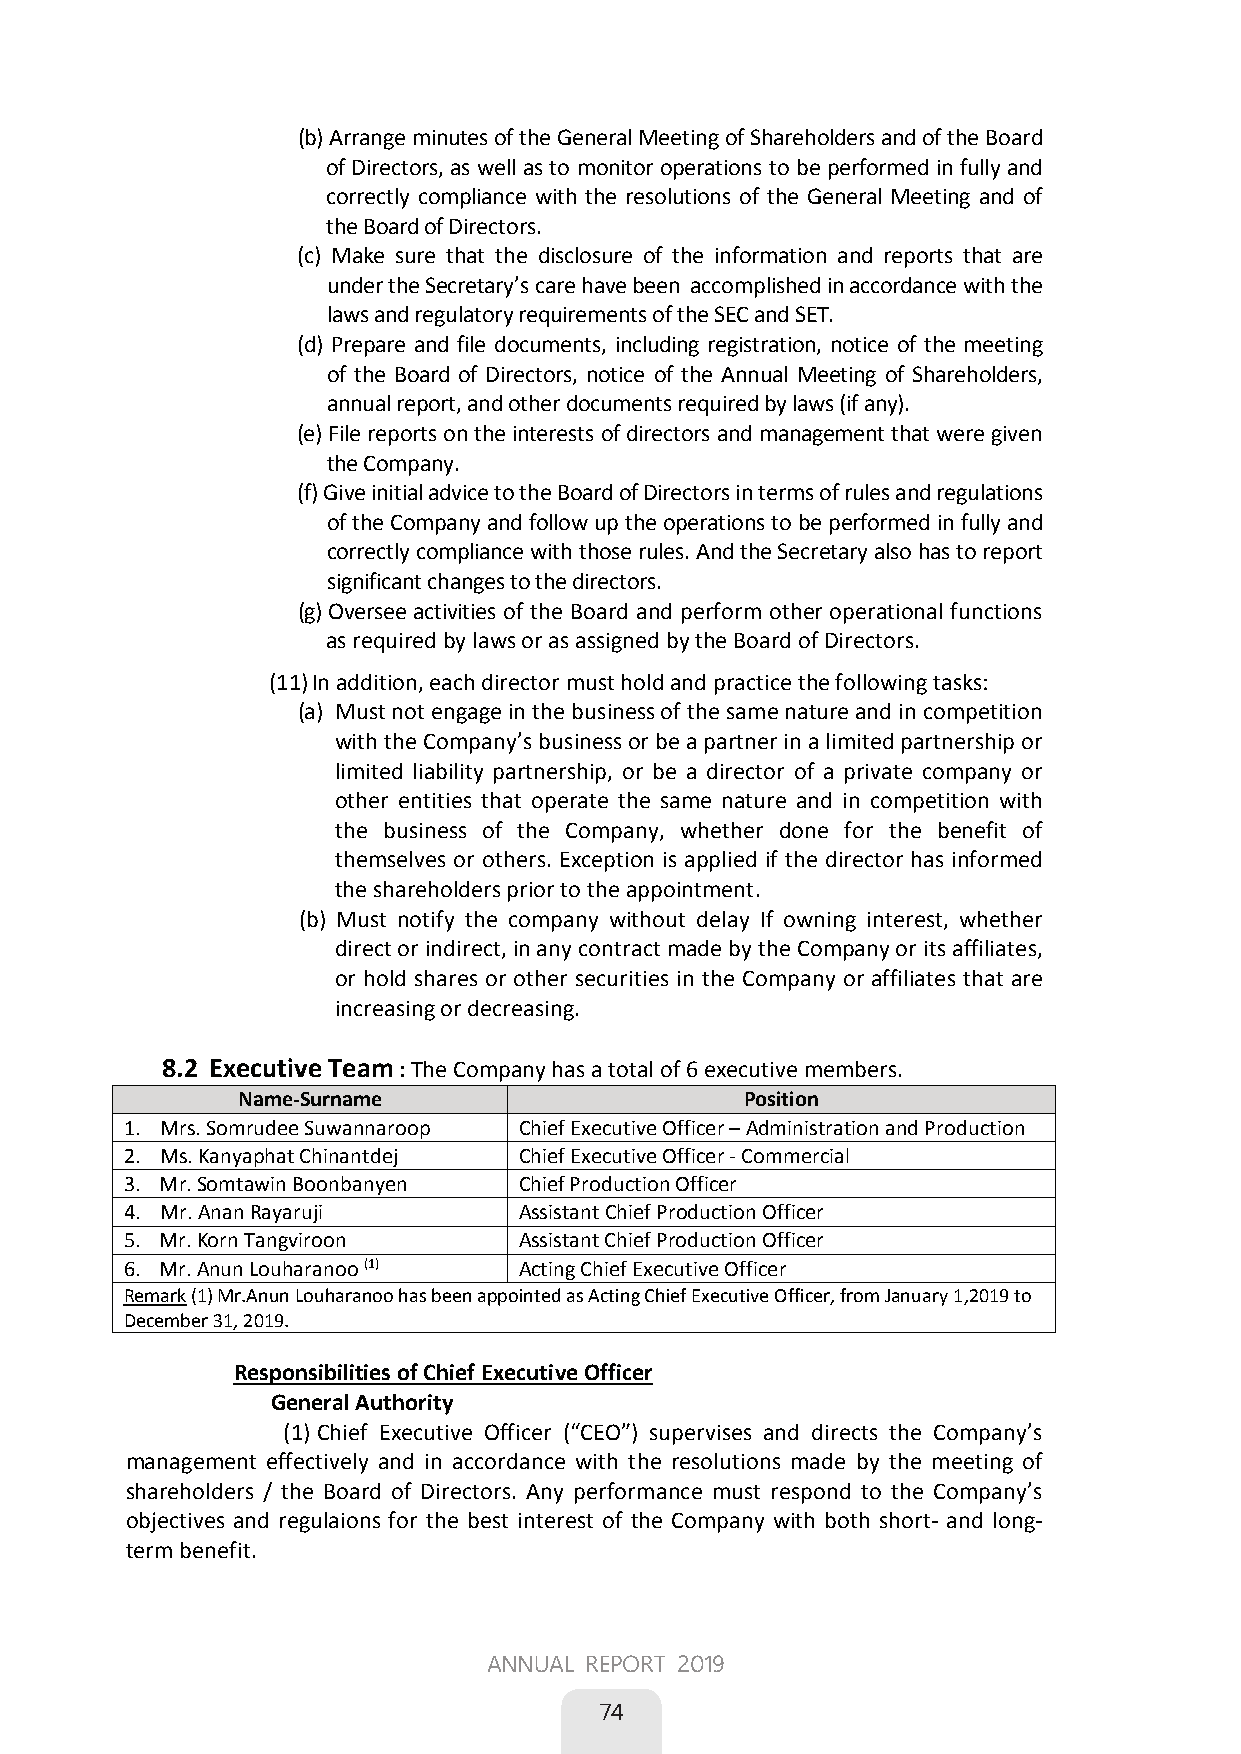
(b) Arrange minutes of the General Meeting of Shareholders and of the Board
 of Directors, as well as to monitor operations to be performed in fully and
 correctly compliance with the resolutions of the General Meeting and of
 the Board of Directors.
 (c) Make sure that the disclosure of the information and reports that are
 under the Secretary’s care have been accomplished in accordance with the
 laws and regulatory requirements of the SEC and SET.
 (d) Prepare and file documents, including registration, notice of the meeting
 of the Board of Directors, notice of the Annual Meeting of Shareholders,
 annual report, and other documents required by laws (if any).
 (e) File reports on the interests of directors and management that were given
 the Company.
 (f) Give initial advice to the Board of Directors in terms of rules and regulations
 of the Company and follow up the operations to be performed in fully and
 correctly compliance with those rules. And the Secretary also has to report
 significant changes to the directors.
 (g) Oversee activities of the Board and perform other operational functions
 as required by laws or as assigned by the Board of Directors.
 (11) In addition, each director must hold and practice the following tasks:
 (a) Must not engage in the business of the same nature and in competition
 with the Company’s business or be a partner in a limited partnership or
 limited liability partnership, or be a director of a private company or
 other entities that operate the same nature and in competition with
 the business of the Company, whether done for the benefit of
 themselves or others. Exception is applied if the director has informed
 the shareholders prior to the appointment.
 (b) Must notify the company without delay If owning interest, whether
 direct or indirect, in any contract made by the Company or its affiliates,
 or hold shares or other securities in the Company or affiliates that are
 increasing or decreasing.
 8.2 Executive Team : The Company has a total of 6 executive members.
 Name-Surname                     Position
 1. Mrs. Somrudee Suwannaroop Chief Executive Officer – Administration and Production
 2. Ms. Kanyaphat Chinantdej Chief Executive Officer - Commercial
 3. Mr. Somtawin Boonbanyen Chief Production Officer
 4.Mr. Anan Rayaruji   Assistant Chief Production Officer
 5. Mr.Korn Tangviroon  Assistant Chief Production Officer
 6. Mr.Anun Louharanoo (1) Acting Chief Executive Officer
 Remark(1) Mr.Anun Louharanoo has been appointed as Acting Chief Executive Officer, from January 1,2019 to
 December 31, 2019.
 Responsibilities of Chief Executive Officer
 General Authority
 (1) Chief Executive Officer (“CEO”) supervises and directs the Company’s
 management effectively and in accordance with the resolutions made by the meeting of
 shareholders / the Board of Directors. Any performance must respond to the Company’s
 objectives and regulaions for the best interest of the Company with both short- and long-
 term benefit.
 36
 ANNUAL REPORT 2019
 
 74